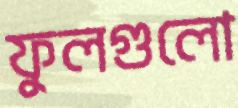
ফুলগুলো